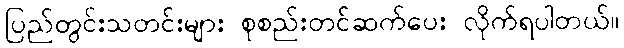
ပြည်တွင်းသတင်းများ စုစည်းတင်ဆက်ပေး လိုက်ရပါတယ်။